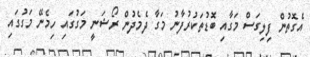
އެގޮތުން ފިލިގަސް މަގާއި ބޮޑުތަކުރުފާނު މަގާ ދެމެދުން ރޯޝަނީ މަގުގައި ހިމެނޭ މަގުގައި